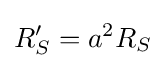
R_{S}^{\prime }=a^{2}R_{S}